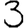
Digit: 3